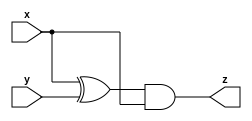
module A(
  input x,
  input y,
  output z
);
  assign z = (x ^ y) & x;
endmodule

module B(
  input x,
  input y,
  output z
);
  assign z = x ~^ y;
endmodule

module top_module(
  input x,
  input y,
  output z
);
  wire IA1_z;
  A IA1(x, y, IA1_z);

  wire IB1_z;
  B IB1(x, y, IB1_z);

  wire IA2_z;
  A IA2(x, y, IA2_z);

  wire IB2_z;
  B IB2(x, y, IB2_z);

  assign z = (IA1_z | IB1_z) ^ (IA2_z & IB2_z);
endmodule